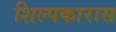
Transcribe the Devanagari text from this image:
शिल्पकारास